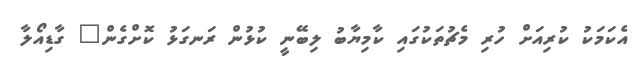
އެކަމަކު ކުރިއަށް ހުރި މެޗުތަކުގައި ކާމިޔާބު ލިބޭނީ ކުޅުން ރަނގަޅު ކޮށްގެން" ގާޑިއޯލާ